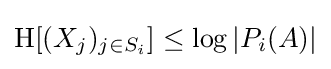
\mathrm {H} [(X_{j})_{j\in S_{i}}]\leq \log |P_{i}(A)|